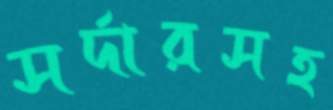
সর্দারসহ